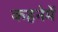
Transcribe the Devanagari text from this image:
कहनेमें